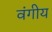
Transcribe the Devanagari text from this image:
वंगीय